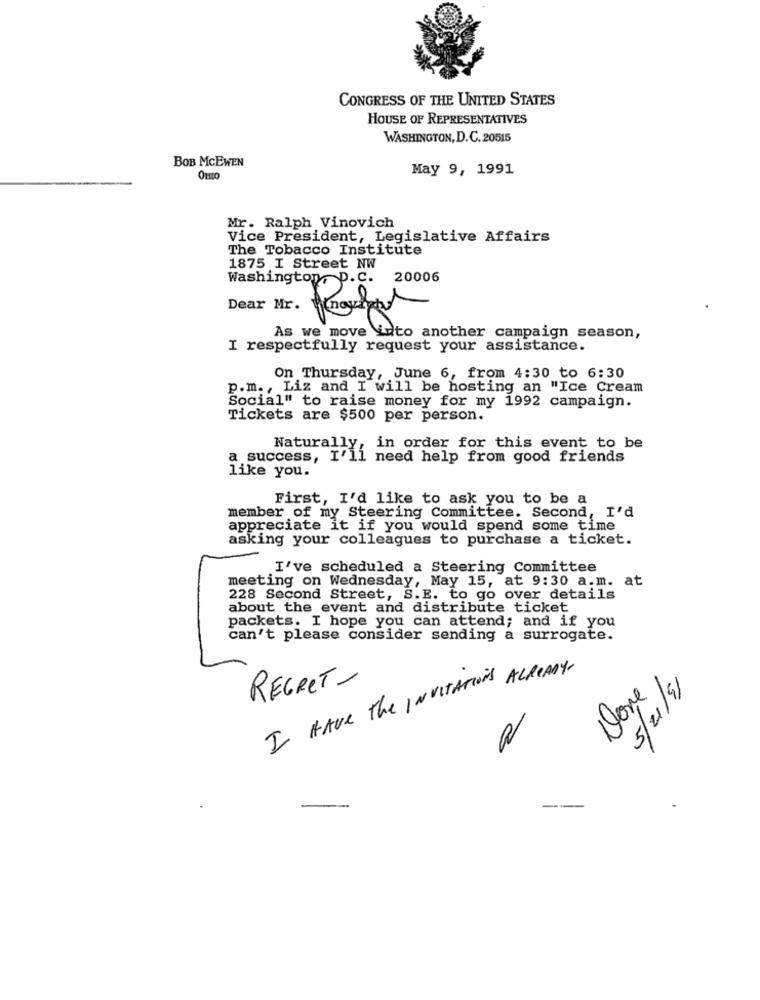
CONGRESS OF THE UNITED STATES
HOUSE OF REPRESENTATIVES
WASHINGTON, D.C. 20515
BOB MCEWEN
May 9, 1991
Mr. Ralph Vinovich
Vice President, Legislative Affairs
The Tobacco Institute
1875 I Street NW
Washington, D. C.
20006
Dear Mr.
As we move into another campaign season,
I respectfully request your assistance.
On Thursday, June 6, from 4:30 to 6:30
p.m ., Liz and I will be hosting an "Ice Cream
Social" to raise money for my 1992 campaign.
Tickets are $500 per person.
Naturally:
in order for this event to be
a success, I'll need help from good friends
like you.
First, I'd like to ask you to be a
member of my Steering Committee. Second, I'd
appreciate it if you would spend some time
asking your colleagues to purchase a ticket.
I've scheduled a Steering Committee
meeting on Wednesday, May 15, at 9:30 a.m. at
228 Second Street, S.E. to go over details
about the event and distribute ticket
packets. I hope you can attend; and if you
can't please consider sending a surrogate.
I Have The INVITATION ALREADY-
REGRET-
Done
13/12/5
--